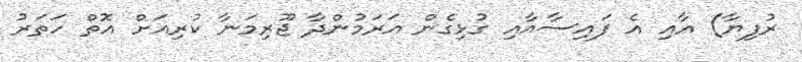
ރުފިޔާ) އާއި އެ ފައިސާއާއި ގުޅިގެން އަރަމުންދާ ޖޫރިމަނާ ކުރިއަށް އޮތް ހަތަރު